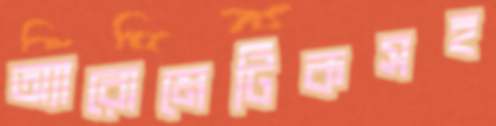
অ্যারোমেটিকসহ